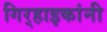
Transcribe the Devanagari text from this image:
गिर्‍हाइकांनी